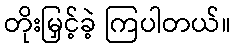
တိုးမြှင့်ခဲ့ ကြပါတယ်။